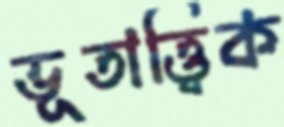
ভূতাত্ত্বিক